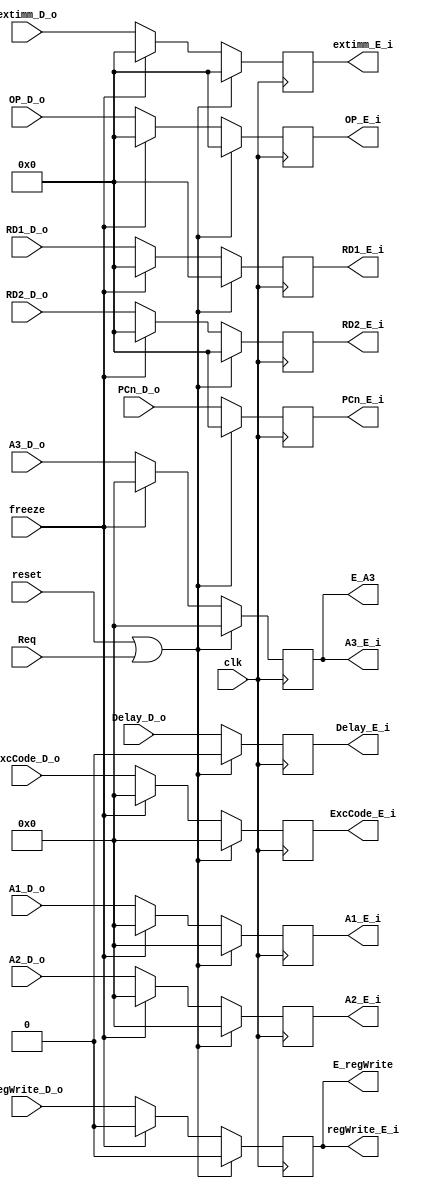
`timescale 1ns / 1ps
//////////////////////////////////////////////////////////////////////////////////
// Company: 
// Engineer: 
// 
// Design Name: 
// Module Name:    E 
// Project Name: 
// Target Devices: 
// Tool versions: 
// Description: 
//
// Dependencies: 
//
// Revision: 
// Revision 0.01 - File Created
// Additional Comments: 
//
//////////////////////////////////////////////////////////////////////////////////
module E(
    input clk,
    input reset,
	 input Req,
    input freeze,
	 input Delay_D_o,
	 input [4:0] ExcCode_D_o,
    input [4:0] A1_D_o,
    input [4:0] A2_D_o,
    input [31:0] RD1_D_o,
    input [31:0] RD2_D_o,
    input [31:0] PCn_D_o,
    input [31:0] extimm_D_o,
    input regWrite_D_o,
    input [4:0] A3_D_o,
	 input [31:0] OP_D_o,
	 output Delay_E_i,
	 output [4:0] ExcCode_E_i,
    output [4:0] A1_E_i,
    output [4:0] A2_E_i,
    output [31:0] RD1_E_i,
    output [31:0] RD2_E_i,
    output [31:0] PCn_E_i,
    output [31:0] extimm_E_i,
    output regWrite_E_i,
    output [4:0] A3_E_i,
	 output [31:0] OP_E_i,
	 output E_regWrite,
	 output [4:0] E_A3
    );
reg [4:0] A1,A2,A3;
reg [31:0] RD1,RD2,PCn,extimm,OP;
reg regWrite,Delay;
reg [4:0] ExcCode;
always @(posedge clk) begin
      if(reset|Req) begin
		A1<=0;
		A2<=0;
		A3<=0;
		RD1<=0;
		RD2<=0;
		PCn<=0;
		extimm<=0;
		OP<=0;
		regWrite<=0;
		Delay<=0;
		ExcCode<=0;
		end
		else if(freeze) begin
		A1<=0;
		A2<=0;
		A3<=0;
		RD1<=0;
		RD2<=0;
		PCn<=PCn_D_o;
		Delay<=Delay_D_o;
		ExcCode<=0;
		extimm<=0;
		OP<=0;
		regWrite<=0;
		end
		else begin
		A1<=A1_D_o;
		A2<=A2_D_o;
		A3<=A3_D_o;
		RD1<=RD1_D_o;
		RD2<=RD2_D_o;
		PCn<=PCn_D_o;
		Delay<=Delay_D_o;
		ExcCode<=ExcCode_D_o;
		extimm<=extimm_D_o;
		OP<=OP_D_o;
		regWrite<=regWrite_D_o;
		end
end
assign A1_E_i=A1;
assign A2_E_i=A2;
assign A3_E_i=A3;
assign RD1_E_i=RD1;
assign RD2_E_i=RD2;
assign PCn_E_i=PCn;
assign extimm_E_i=extimm;
assign OP_E_i=OP;
assign regWrite_E_i=regWrite;
assign E_regWrite=regWrite;
assign E_A3=A3_E_i;
assign Delay_E_i=Delay;
assign ExcCode_E_i=ExcCode;
endmodule